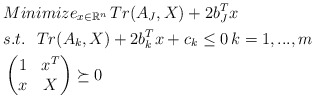
\begin{align*} & Minimize_{ x\in \mathbb{R}^n}\, Tr(A_J,X)+2b_J^Tx\\ &s.t.\ \ Tr(A_k,X)+2b_k^Tx+c_k\le0\,k=1,...,m\\ &\begin{pmatrix}1&x^T\\x&X\end{pmatrix}\succeq0 \end{align*}